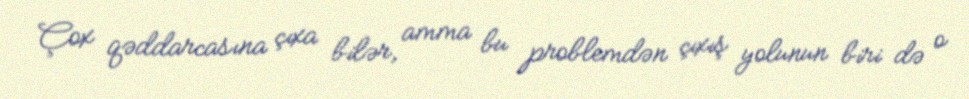
Çox qəddarcasına çıxa bilər, amma bu problemdən çıxış yolunun biri də o